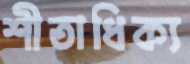
শীতাধিক্য